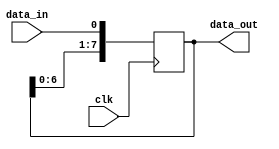
module SIPO_shift_register (
    input clk,
    input data_in,
    output reg [7:0] data_out
);

reg [7:0] shift_register;

always @(posedge clk) begin
    shift_register <= {shift_register[6:0], data_in};
end

assign data_out = shift_register;

endmodule